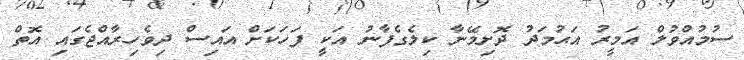
ސުމުއްވުލް އަމީރު އަޙުމަދު ދޮށިމޭނާ ކިލެގެފާނު އަކީ ފަހަކަށް އައިސް ދިވެހިރާއްޖެގައި އޮތް